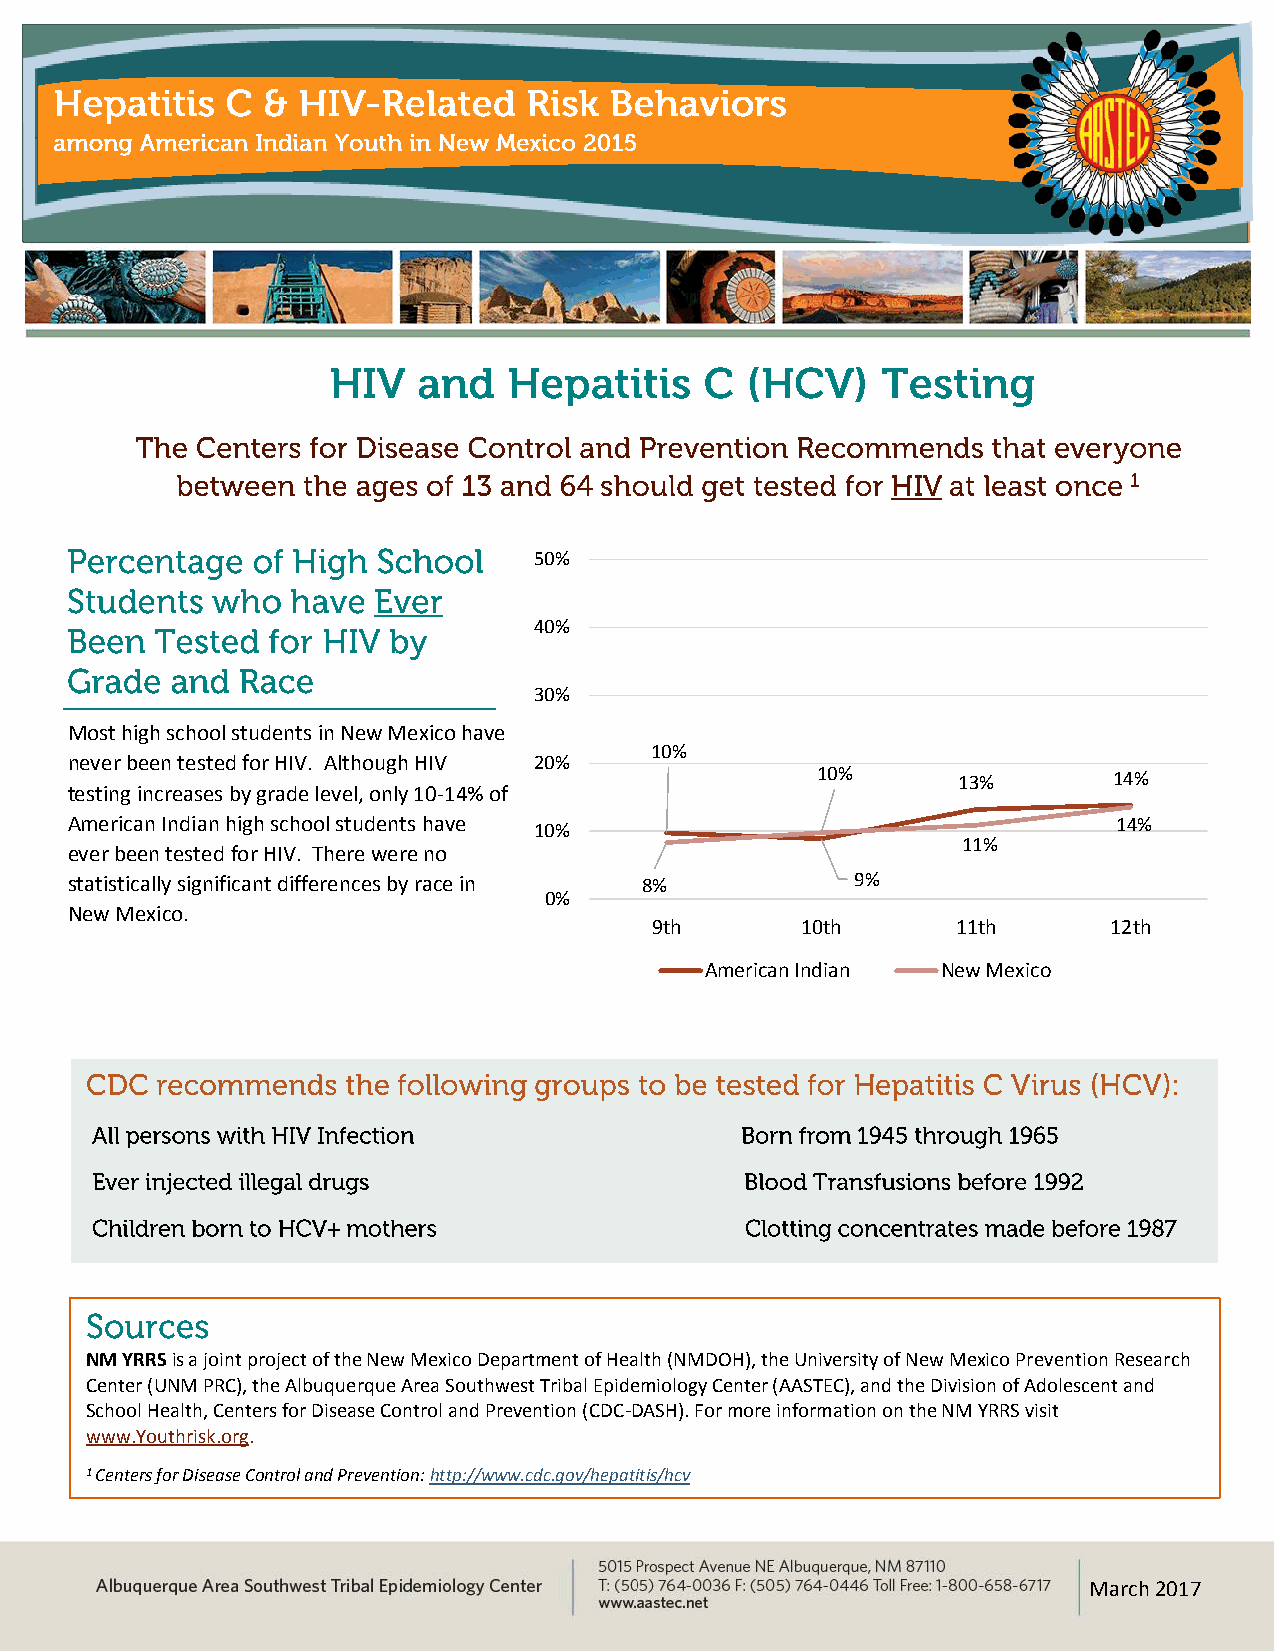
50%
 40%
 30%
 Most high school students in New Mexico have
 10%
 never bee n tested for HIV. Although HIV 20%
 10%      13%        14%
 testing increases by grade level, only 10-14% of
 American Indian high school students have                             14%
 10%
 11%
 ever been tested for HIV. There were no
 statistically significant differences by race in 8%  9%
 0%
 New Mexico.
 9th       10th      11th       12th
 American Indian New Mexico
 NM YRRS is a joint project of the New Mexico Department of Health (NMDOH), the University of New Mexico Prevention Research
 Center (UNM PRC), the Albuquerque Area Southwest Tribal Epidemiology Center (AASTEC), and the Division of Adolescent and
 School Health, Centers for Disease Control and Prevention (CDC-DASH). For more information on the NM YRRS visit
 www.Youthrisk.org.
 1 Centers for Disease Control and Prevention: http://www.cdc.gov/hepatitis/hcv
 2 University of Washington Alcohol & Drug Abuse Institute (ADAI) http://learnaboutmarijuanawa.org/factsheets/tobacco.htm
 FMebarruchar 2y0 21071 7